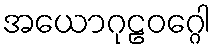
အယောဂုဠဝဂ္ဂေါ